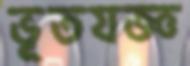
ভূতযজ্ঞ